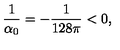
{ \frac { 1 } { \alpha _ { 0 } } } = - { \frac { 1 } { 1 2 8 \pi } } < 0 ,